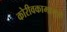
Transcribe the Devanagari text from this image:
कोरीवकामामुळे